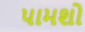
પામશો